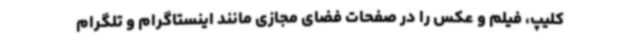
کلیپ، فیلم و عکس را در صفحات فضای مجازی مانند اینستاگرام و تلگرام